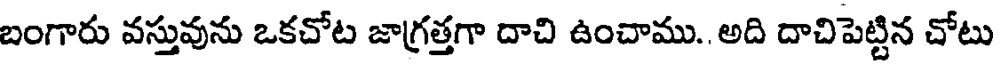
బంగారు వస్తువును ఒకచోట జాగ్రత్తగా దాచి ఉంచాము.. అది దాచిపెట్టిన చోటు